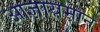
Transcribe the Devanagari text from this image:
आज्ञायमान